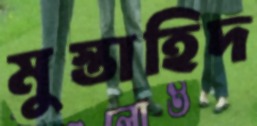
মুস্তাহিদ